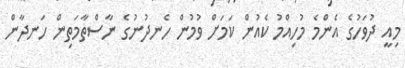
މިއީ ދުވަހުގެ އެންމެ މުހިއްމު ކެއުން ކަމަށް ވުމުން ހެނދުނުގެ ނާސްތާމަތިން ހަނދާން